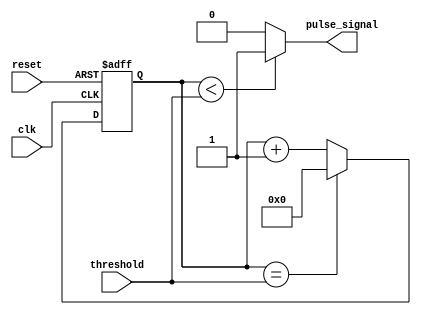
module Duty_Cycle_Pulse_Generator (
    input wire clk,          // External clock signal
    input wire reset,        // Reset signal
    input wire threshold,    // Threshold for duty cycle comparison
    output reg pulse_signal  // Generated pulse signal
);

reg [7:0] counter;

always @ (posedge clk or posedge reset)
begin
    if (reset)
        counter <= 0;
    else if (counter == threshold)
        counter <= 0;
    else
        counter <= counter + 1;
end

assign pulse_signal = (counter < threshold) ? 1'b1 : 1'b0;

endmodule